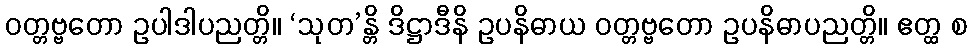
ဝတ္တဗ္ဗတော ဥပါဒါပညတ္တိ။ ‘သုတ’န္တိ ဒိဋ္ဌာဒီနိ ဥပနိဓာယ ဝတ္တဗ္ဗတော ဥပနိဓာပညတ္တိ။ ဧတ္ထ စ